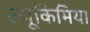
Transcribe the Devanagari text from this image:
ल्यूकिमिया